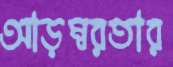
আড়ম্বরতার